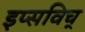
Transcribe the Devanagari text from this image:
इप्सविच्‌